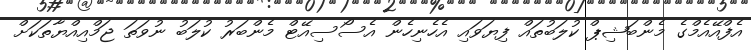
އެފްއޭއެމްގެ މެންބަޝިޕް ކުލަބުތައް ފިޔަވައި އެހެނިހެން އެސޯސިއޭޓް މެންބަރު ކުލަބު ނުވަތަ ޖަމްއިއްޔާތަކަށް